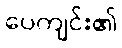
ပေကျင်း၏